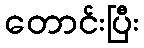
တောင်းပြီး